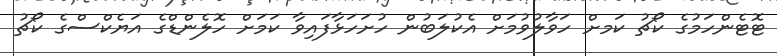
ޓޮޓެންހަމުގެ ކޯޗު ކަމށް ހަވާލުވުމަށް އެކުލަބުން ހުށަހަޅާފައިވާ ކަމަށް ހޮލެންޑްގެ އަޔެކްސްގެ ކޯޗު